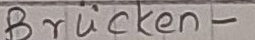
Text: Brücken-